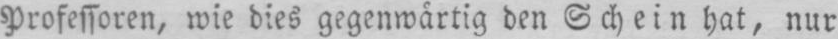
Professoren, wie dies gegenwärtig den Schein hat, nur